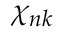
\chi _ { n k }